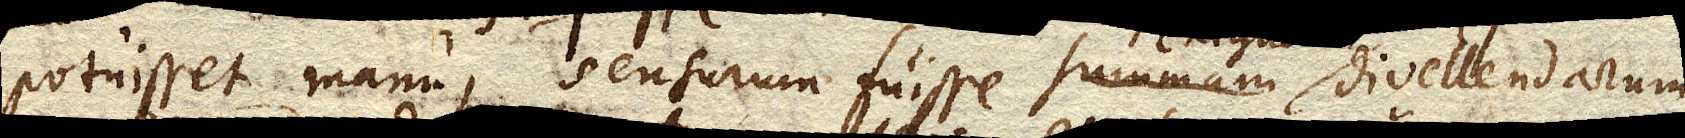
potuisset manu, sensurum fuisse summam divellendarum